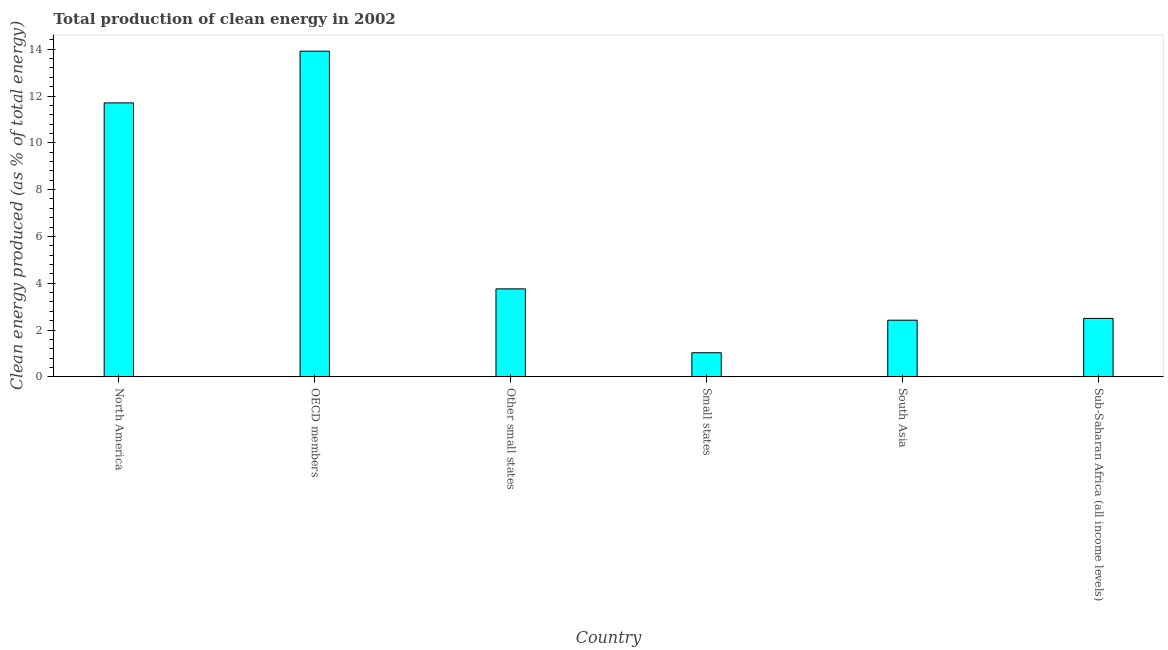
| Country | Alternative and nuclear energy |
 | --- | --- |
 | North America | 11.7 |
 | OECD members | 13.9 |
 | Other small states | 3.76 |
 | Small states | 1.03 |
 | South Asia | 2.42 |
 | Sub-Saharan Africa (all income levels) | 2.5 |